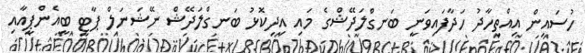
ހުސައިން އިއްތިހާދު ހަދާފައިވަނީ ބަނގްލަދޭޝްގެ މައި އިދިކޮޅު ބަނގްލަދޭޝް ނޭޝަނަލް ޕާޓީ ބީއެންޕީއާއި